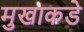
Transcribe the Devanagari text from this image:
मुखाकडे